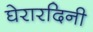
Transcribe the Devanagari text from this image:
घेरारदिनी